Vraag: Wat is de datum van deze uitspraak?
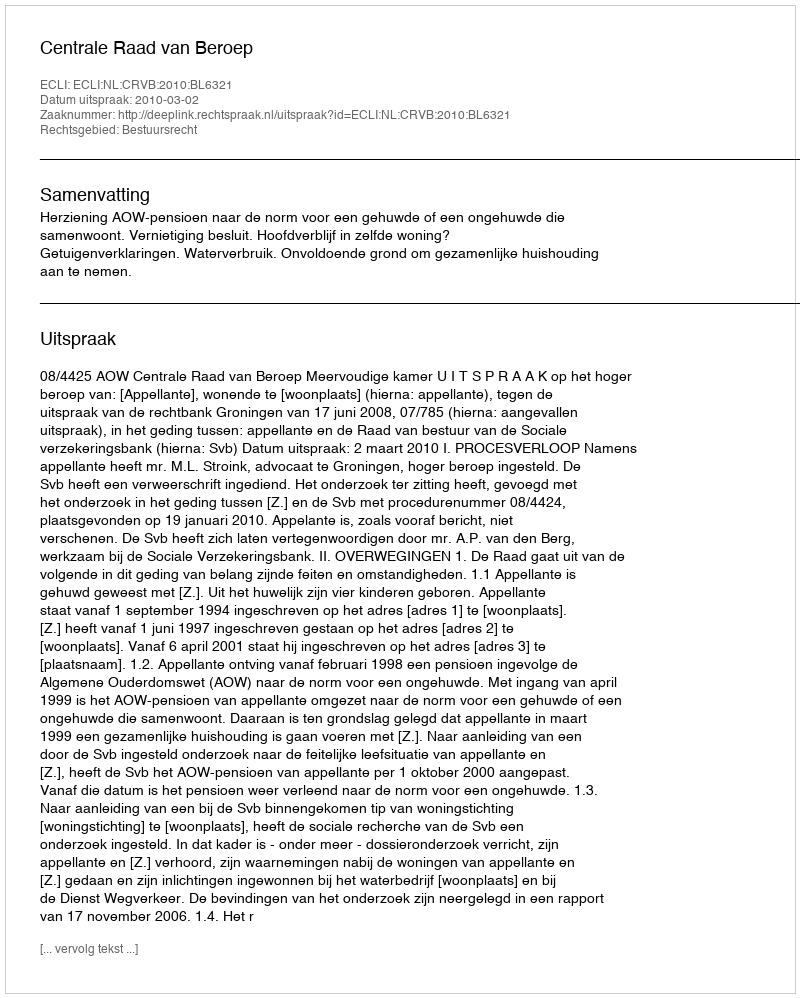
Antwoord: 2010-03-02